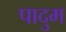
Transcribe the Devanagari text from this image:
पादुम